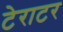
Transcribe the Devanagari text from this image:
टेराटर